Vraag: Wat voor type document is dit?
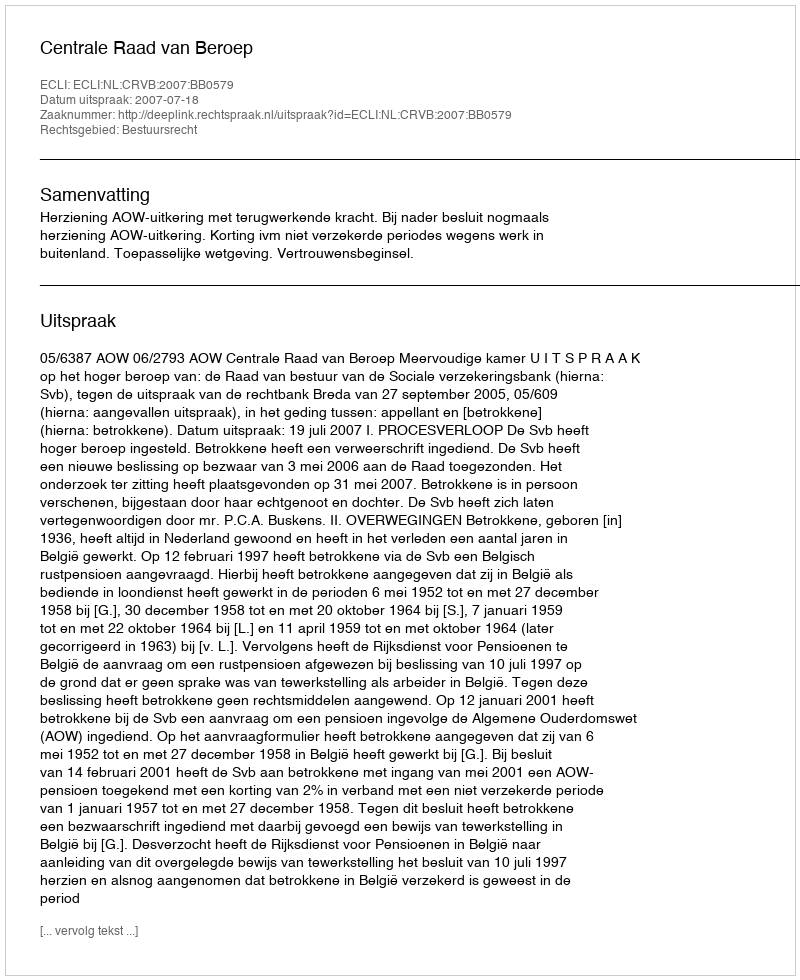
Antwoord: Uitspraak